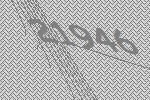
21946